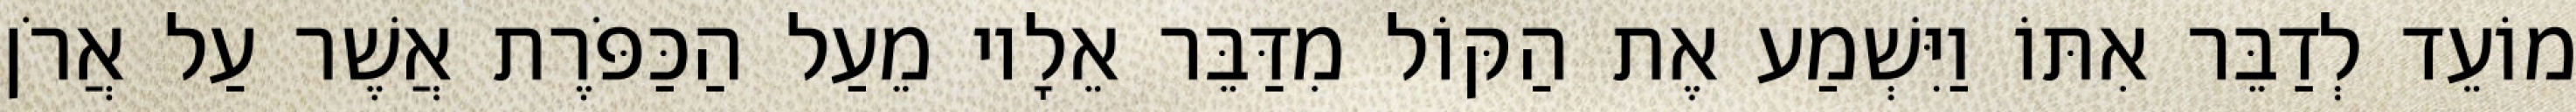
מוֹעֵד לְדַבֵּר אִתּוֹ וַיִּשְׁמַע אֶת הַקּוֹל מִדַּבֵּר אֵלָיו מֵעַל הַכַּפֹּרֶת אֲשֶׁר עַל אֲרֹן